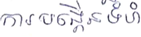
ការបង្កើនទំហំ